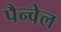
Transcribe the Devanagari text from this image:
पैन्वेल